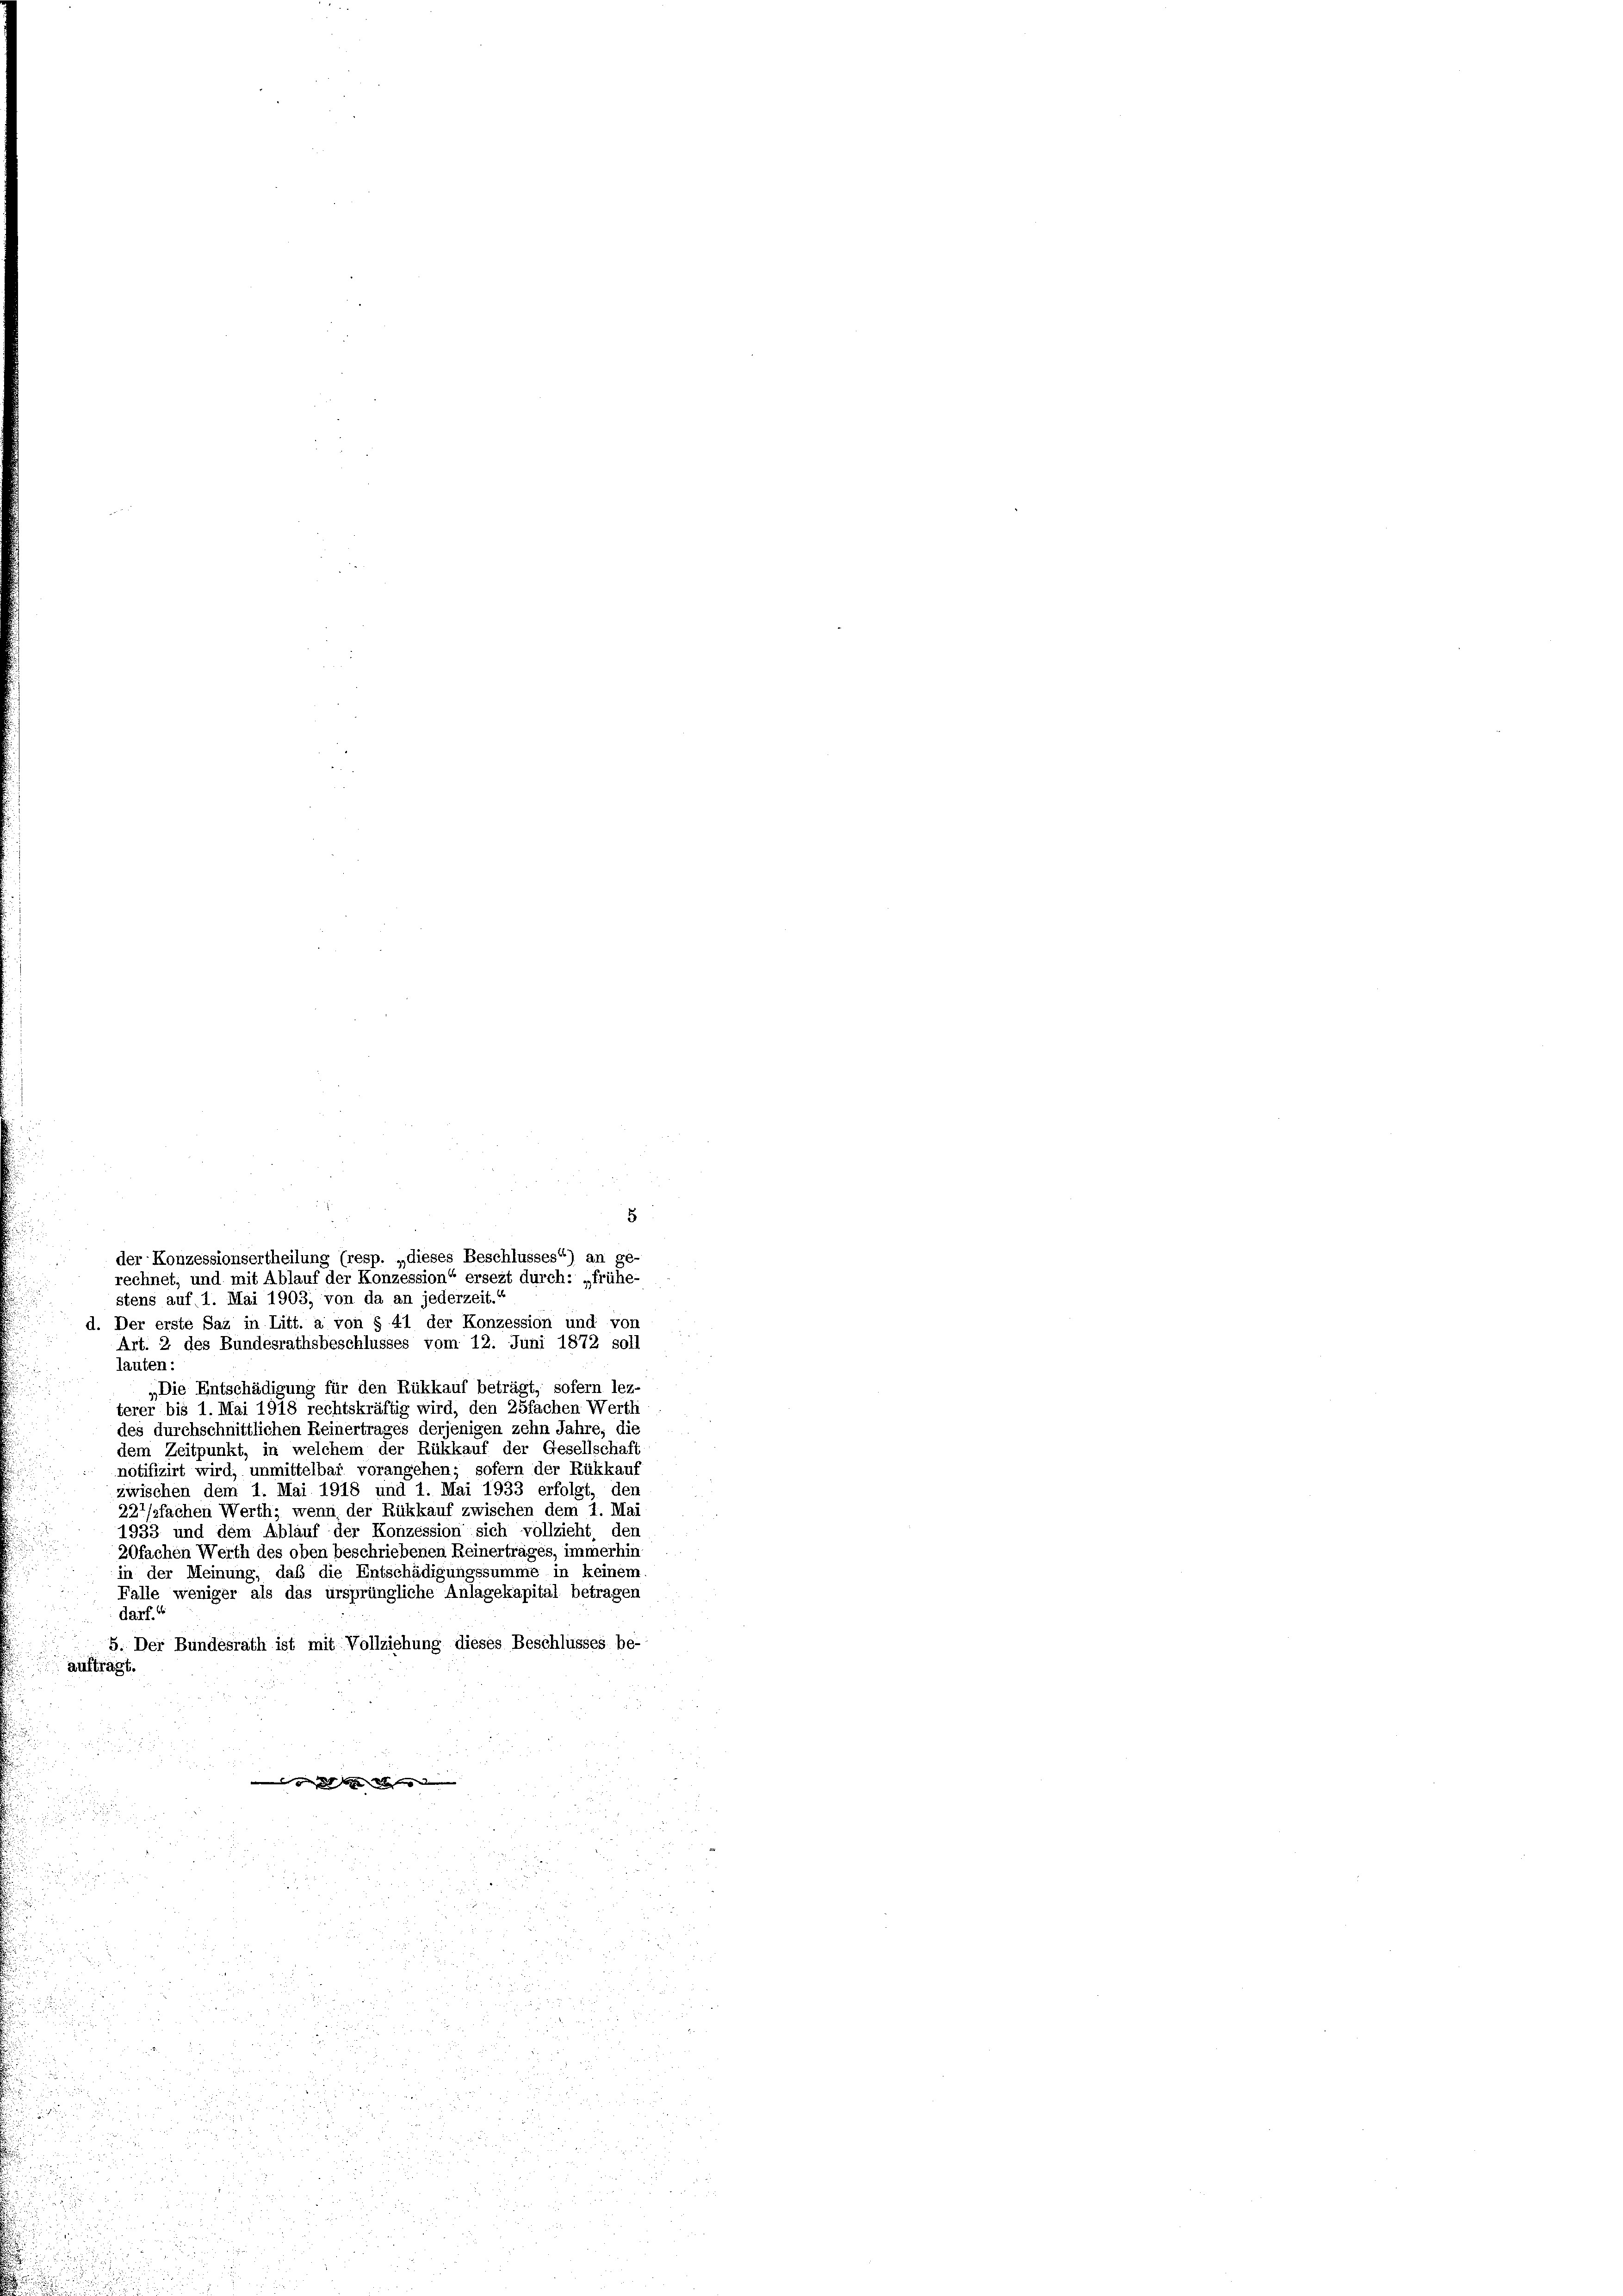
5
d. Der erste Saz in Litt. a von § 41 der Konzession und von
Art. 2 des Bundesrathsbeschlusses vom 12. Juni 1872 soll
lauten:
„Die Entschädigung für den Rükkauf beträgt, sofern lez-
terer bis 1. Mai 1918 rechtskräftig wird, den 25fachen Werth
des durchschnittlichen Reinertrages derjenigen zehn Jahre, die
dem Zeitpunkt, in welchem der Rükkauf der Gesellschaft
notifizirt wird, unmittelbar vorangehen; sofern der Rückkauf
zwischen dem 1. Mai 1918 und 1. Mai 1933 erfolgt, den
227/2fachen Werth; wenn der Rückkauf zwischen dem 1. Mai
1933 und dem Ablauf der Konzession sich vollzieht den
20fachen Werth des oben beschriebenen Reinertrages, immerhin
in der Meinung, daß die Entschädigungssumme in keinem.
Falle weniger als das ursprüngliche Anlagekapital betragen
darf.“
5. Der Bundesrath ist mit Vollziehung dieses Beschlusses be-
aufträgt.

n

u
u

u

der Konzessionsertheilung (resp. „dieses Beschlusses“) an ge-
rechnet, und mit Ablauf der Konzession“ ersezt durch: „frühe-
stens auf 1. Mai 1903, von da an jederzeit.“